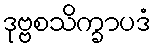
ဒုဗ္ဗစသိက္ခာပဒံ